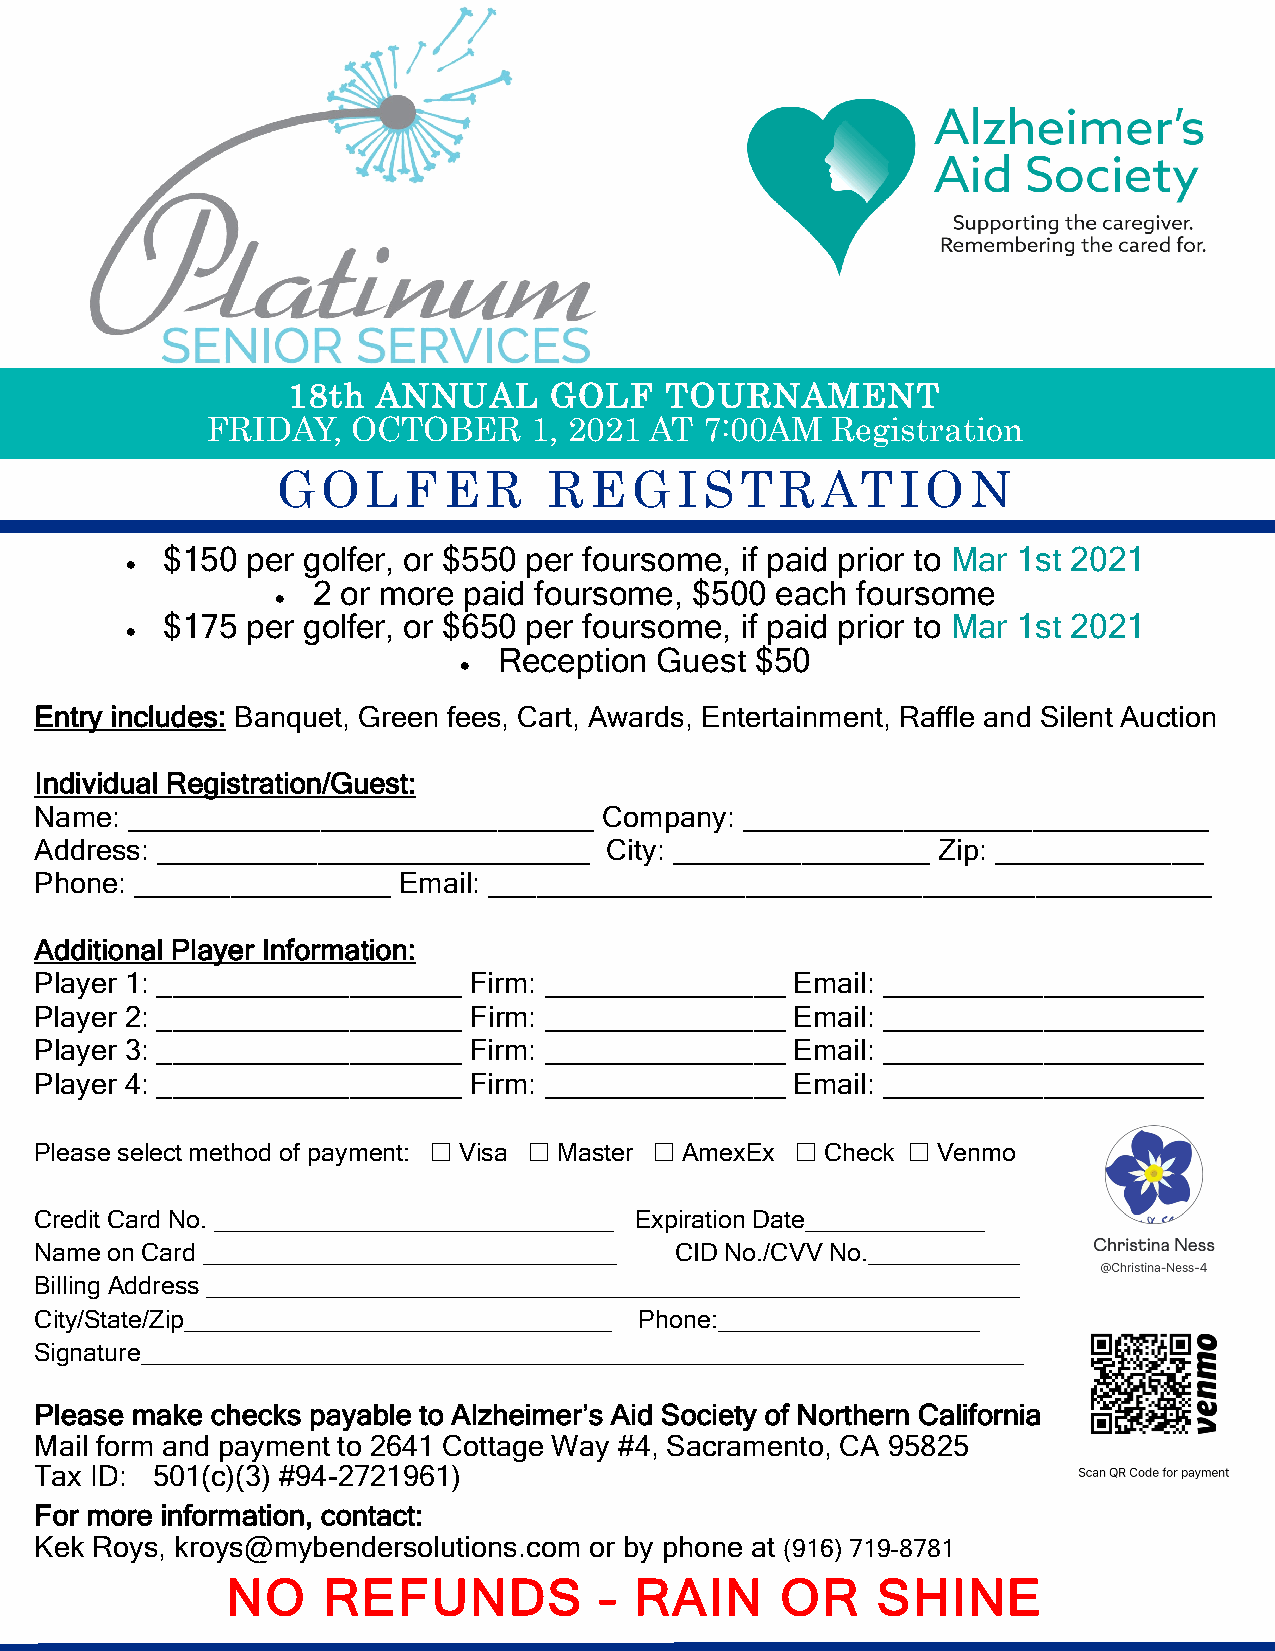
18th  ANNUAL     GOLF    TOURNAMENT
 FRIDAY,  OCTOBER     1, 2021 AT  7:00AM  Registration
 GOLFER            REGISTRATION
 $150 per golfer, or $550 per foursome, if paid prior to Mar 1st 2021
 •
 2 or more paid foursome, $500 each  foursome
 •
 $175 per golfer, or $650 per foursome, if paid prior to Mar 1st 2021
 •
 Reception Guest  $50
 •
 Entry includes: Banquet, Green fees, Cart, Awards, Entertainment, Raffle and Silent Auction
 Individual Registration/Guest:
 Name: _____________________________   Company: _____________________________
 Address: ___________________________  City: ________________ Zip: _____________
 Phone: ________________ Email: _____________________________________________
 Additional Player Information:
 Player 1: ___________________ Firm: _______________ Email: ____________________
 Player 2: ___________________ Firm: _______________ Email: ____________________
 Player 3: ___________________ Firm: _______________ Email: ____________________
 Player 4: ___________________ Firm: _______________ Email: ____________________
 Please select method of payment:  Visa  Master  AmexEx  Check  Venmo
 Credit Card No. _____________________________ Expiration Date_____________
 Name on Card ______________________________ CID No./CVV No.___________
 Billing Address ___________________________________________________________
 City/State/Zip_______________________________ Phone:___________________
 Signature________________________________________________________________
 Please make checks payable to Alzheimer’s Aid Society of Northern California
 Mail form and payment to 2641 Cottage Way #4, Sacramento, CA 95825
 Tax ID: (501(c)(3) #94-2721961)
 For more information, contact:
 Kek Roys, kroys@mybendersolutions.com or by phone at (916) 719-8781
 NO    REFUNDS            – RAIN      OR    SHINE